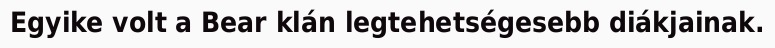
Egyike volt a Bear klán legtehetségesebb diákjainak.